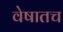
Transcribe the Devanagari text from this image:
वेषातच